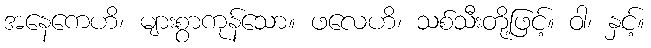
အနေကေဟိ၊ များစွာကုန်သော။ ဖလေဟိ၊ သစ်သီးတို့ဖြင့်။ ဝါ၊ နှင့်။